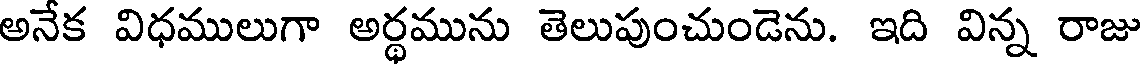
అనేక విధములుగా అర్థమును తెలుపుంచుండెను. ఇది విన్న రాజు